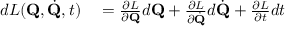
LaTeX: \begin{array} { r l } { d L ( \mathbf { Q } , { \dot { \mathbf { Q } } } , t ) } & { { } = { \frac { \partial L } { \partial \mathbf { Q } } } d \mathbf { Q } + { \frac { \partial L } { \partial { \dot { \mathbf { Q } } } } } d { \dot { \mathbf { Q } } } + { \frac { \partial L } { \partial t } } d t } \end{array}